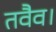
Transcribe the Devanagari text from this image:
तवैव।